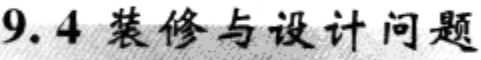
9.4 装修与设计问题